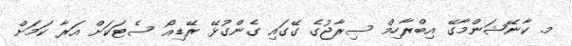
މ. ކާނޭޝަންމާގޭ އިބްރާހިމް ސިރާޖުގެ ގޭގައި ގެންގުޅޭ ރޭޑިއޯ ސެޓަކަށް އަރާ ކަމަށް